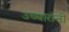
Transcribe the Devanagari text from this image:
उच्चारांनी